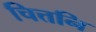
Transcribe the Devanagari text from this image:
चित्तनि